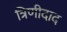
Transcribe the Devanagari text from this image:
त्रिणीदाद